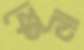
ফেনা